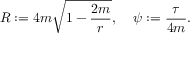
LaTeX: R : = 4 m \sqrt { 1 - { \frac { 2 m } { r } } } , \: \: \: \: \: \psi : = { \frac { \tau } { 4 m } } .